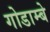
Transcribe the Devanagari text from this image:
गोडाम्बे